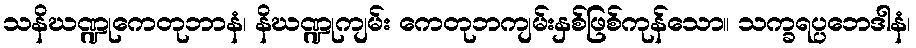
သနိဃဏ္ဍုကေတုဘာနံ၊ နိဃဏ္ဍုကျမ်း ကေတုဘကျမ်းနှစ်ဖြစ်ကုန်သော။ သက္ခရပ္ပဘေဒါနံ၊